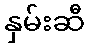
နှမ်းဆီ